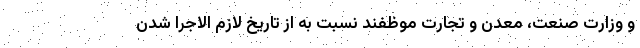
و وزارت صنعت، معدن و تجارت موظفند نسبت به از تاریخ لازم الاجرا شدن